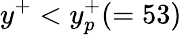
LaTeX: y^{+}<y_{p}^{+}(=53)